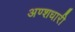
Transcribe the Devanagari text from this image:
अण्शधारी